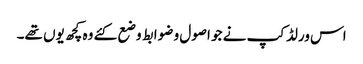
اس ورلڈکپ نے جو اصول و ضوابط وضع کئے وہ کچھ یوں تھے۔